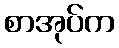
စာအုပ်က